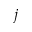
j